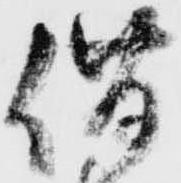
借